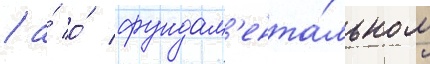
/ а́ о́ фундам'ента́льном